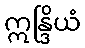
ဣန္ဒြိယံ